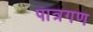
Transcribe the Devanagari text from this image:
पात्रगण